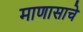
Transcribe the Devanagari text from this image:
माणासाचे